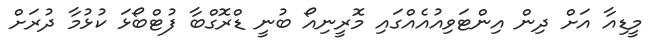
މީޑިއާ އަށް ދިން އިންޓަވިއުއެއްގައި މޮރީނިއޯ ބުނީ ޑްރޮގްބާ ފުޓްބޯޅަ ކުޅުމާ ދުރަށް